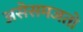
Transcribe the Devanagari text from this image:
असेसमजतो